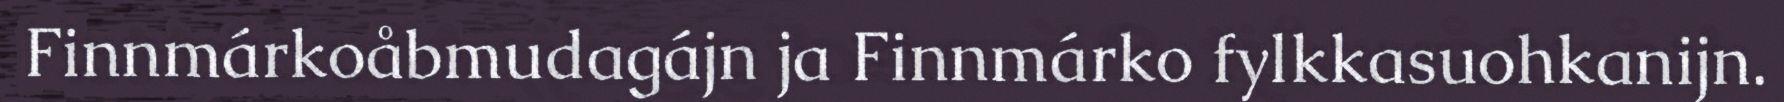
Finnmárkoåbmudagájn ja Finnmárko fylkkasuohkanijn.